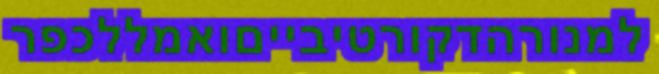
למנורהדקורטיבייםואמללכפר